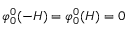
\varphi _ { 0 } ^ { 0 } ( - H ) = \varphi _ { 0 } ^ { 0 } ( H ) = 0